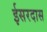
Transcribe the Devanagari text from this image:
ईसरदास